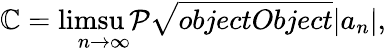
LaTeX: \mathbb{C}=\operatorname*{limsu\mathcal{P}}_{n\rightarrow\infty}{\sqrt{{{objectObject}}}{{|a_{n}|}}},